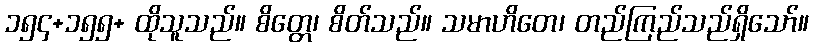
၁၅၄+၁၅၅+ ထိုသူသည်။ စိတ္တေ၊ စိတ်သည်။ သမာဟိတေ၊ တည်ကြည်သည်ရှိသော်။